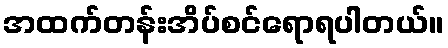
အထက်တန်းအိပ်စင်ရောရပါတယ်။